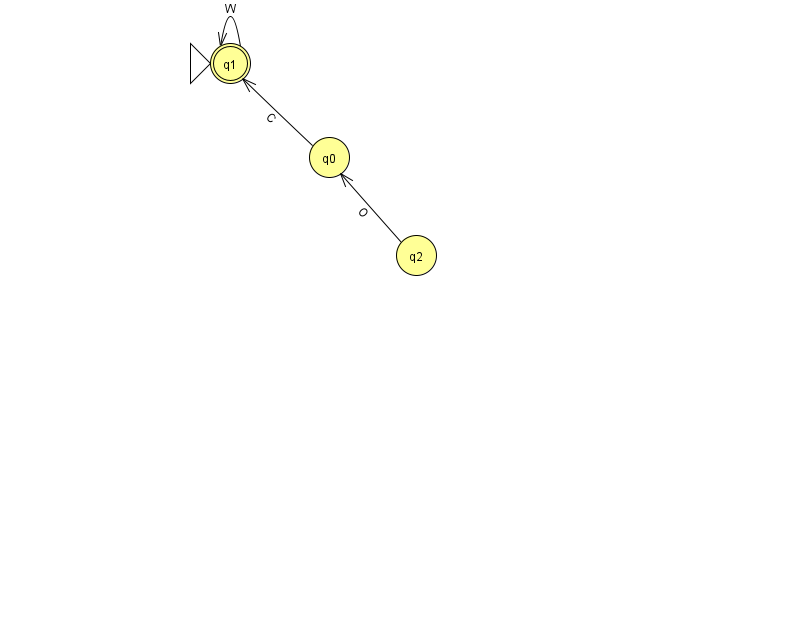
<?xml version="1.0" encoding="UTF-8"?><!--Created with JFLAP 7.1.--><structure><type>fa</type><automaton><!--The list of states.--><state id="0" name="q0"><x>329.0</x><y>144.0</y></state><state id="1" name="q1"><x>230.0</x><y>50.0</y><initial/><final/></state><state id="2" name="q2"><x>416.0</x><y>242.0</y></state><!--The list of transitions.--><transition><from>2</from><to>0</to><read>O</read></transition><transition><from>1</from><to>1</to><read>W</read></transition><transition><from>0</from><to>1</to><read>C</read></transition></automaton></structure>